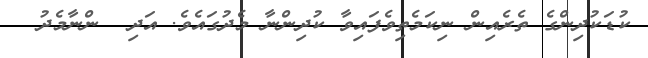
ކުޑަކުދިންގެ ތެރެއިން ނިކަމެތިވެފައިވާ ކުދިންނާ މެދުގައެވެ. އަދި  ންނާމެދު